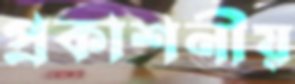
প্রকাশনীয়